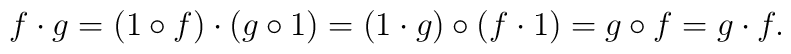
f\cdot g = (1\circ f)\cdot (g\circ 1)=(1\cdot g)\circ (f\cdot 1)  = g\circ f = g\cdot f.